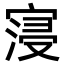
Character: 寖